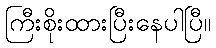
ကြီးစိုးထားပြီးနေပါပြီ။